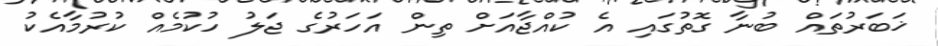
ޚަބަރުތައް ބުނާ ގޮތުގައި އެ ކުއްޖާއަށް ތިން އަހަރުގެ ޖަލު ހުކުމެއް ކުރުމާއެކު